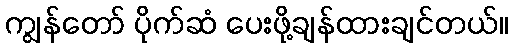
ကျွန်တော် ပိုက်ဆံ ပေးဖို့ချန်ထားချင်တယ်။